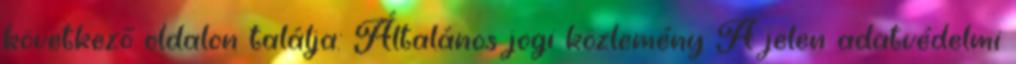
következő oldalon találja: Általános jogi közlemény A jelen adatvédelmi